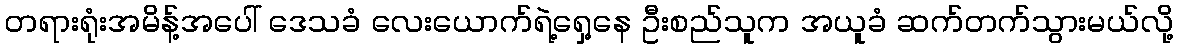
တရားရုံးအမိန့်အပေါ် ဒေသခံ လေးယောက်ရဲ့ရှေ့နေ ဦးစည်သူက အယူခံ ဆက်တက်သွားမယ်လို့